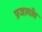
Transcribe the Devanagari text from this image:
प्रजागाँव